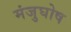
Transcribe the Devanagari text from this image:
मंजुघोष